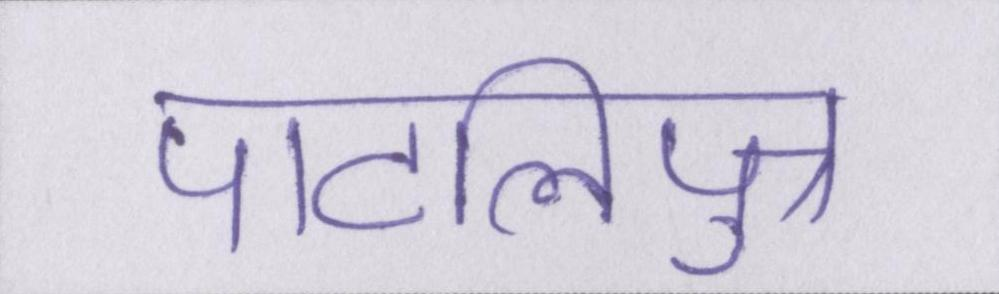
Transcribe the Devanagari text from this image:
पाटलिपुत्र